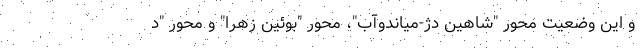
و این وضعیت محور "شاهین دژ-میاندوآب"، محور "بوئین زهرا" و محور "د